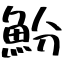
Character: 魵